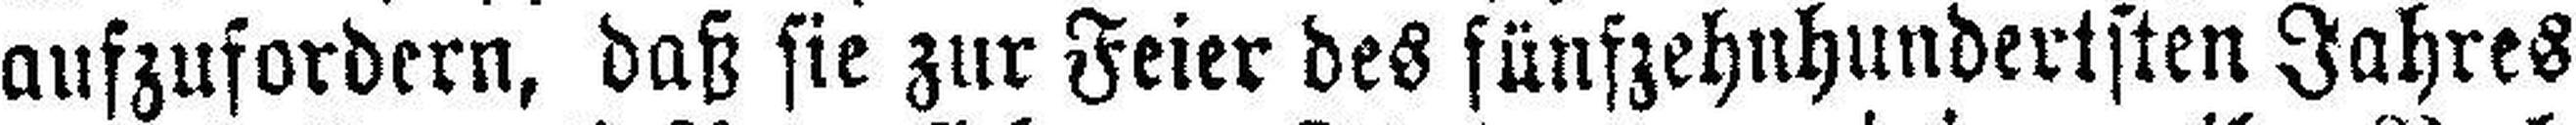
aufzufordern, daß sie zur Feier des fünfzehnhundertsten Jahres